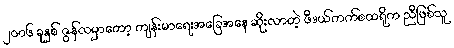
၂၀၀၆ ခုနှစ် ဇွန်လမှာတော့ ကျန်းမာရေးအခြေအနေ ဆိုးလာတဲ့ ဖီဒယ်ကက်စထရိုက ညီဖြစ်သူ